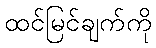
ထင်မြင်ချက်ကို